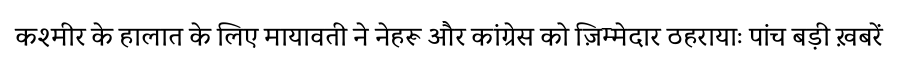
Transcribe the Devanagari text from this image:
कश्मीर के हालात के लिए मायावती ने नेहरू और कांग्रेस को ज़िम्मेदार ठहरायाः पांच बड़ी ख़बरें